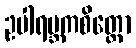
ဥပါရမ္ဘကစိတ္တော